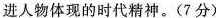
进人物体现的时代精神。(7分)